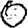
Digit: 0